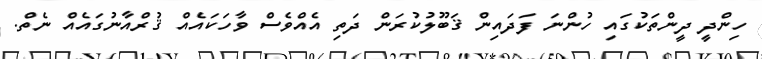
ހިންދީ ދީންތަކުގައި ހުންނަ ފަދައިން ޤަބޫލުކުރަން ދަތި އެއްވެސް ވާހަކައެއް ޤުރްއާނުގައެއް ނެތް.